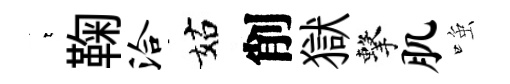
萋鞠洽姑削獄擊肌𫪻